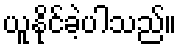
ယူနိုင်ခဲ့ပါသည်။